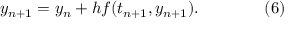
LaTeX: y _ { n + 1 } = y _ { n } + h f ( t _ { n + 1 } , y _ { n + 1 } ) . \qquad \qquad ( 6 )